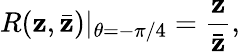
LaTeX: R(\mathbf{z},\bar{{\mathbf{z}}})|_{\theta=-\pi/4}=\frac{{\mathbf{z}}}{{\bar{{\mathbf{z}}}}},